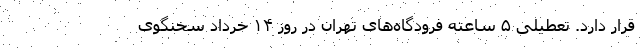
قرار دارد. تعطیلی ۵ ساعته فرودگاه‌های تهران در روز ۱۴ خرداد سخنگوی